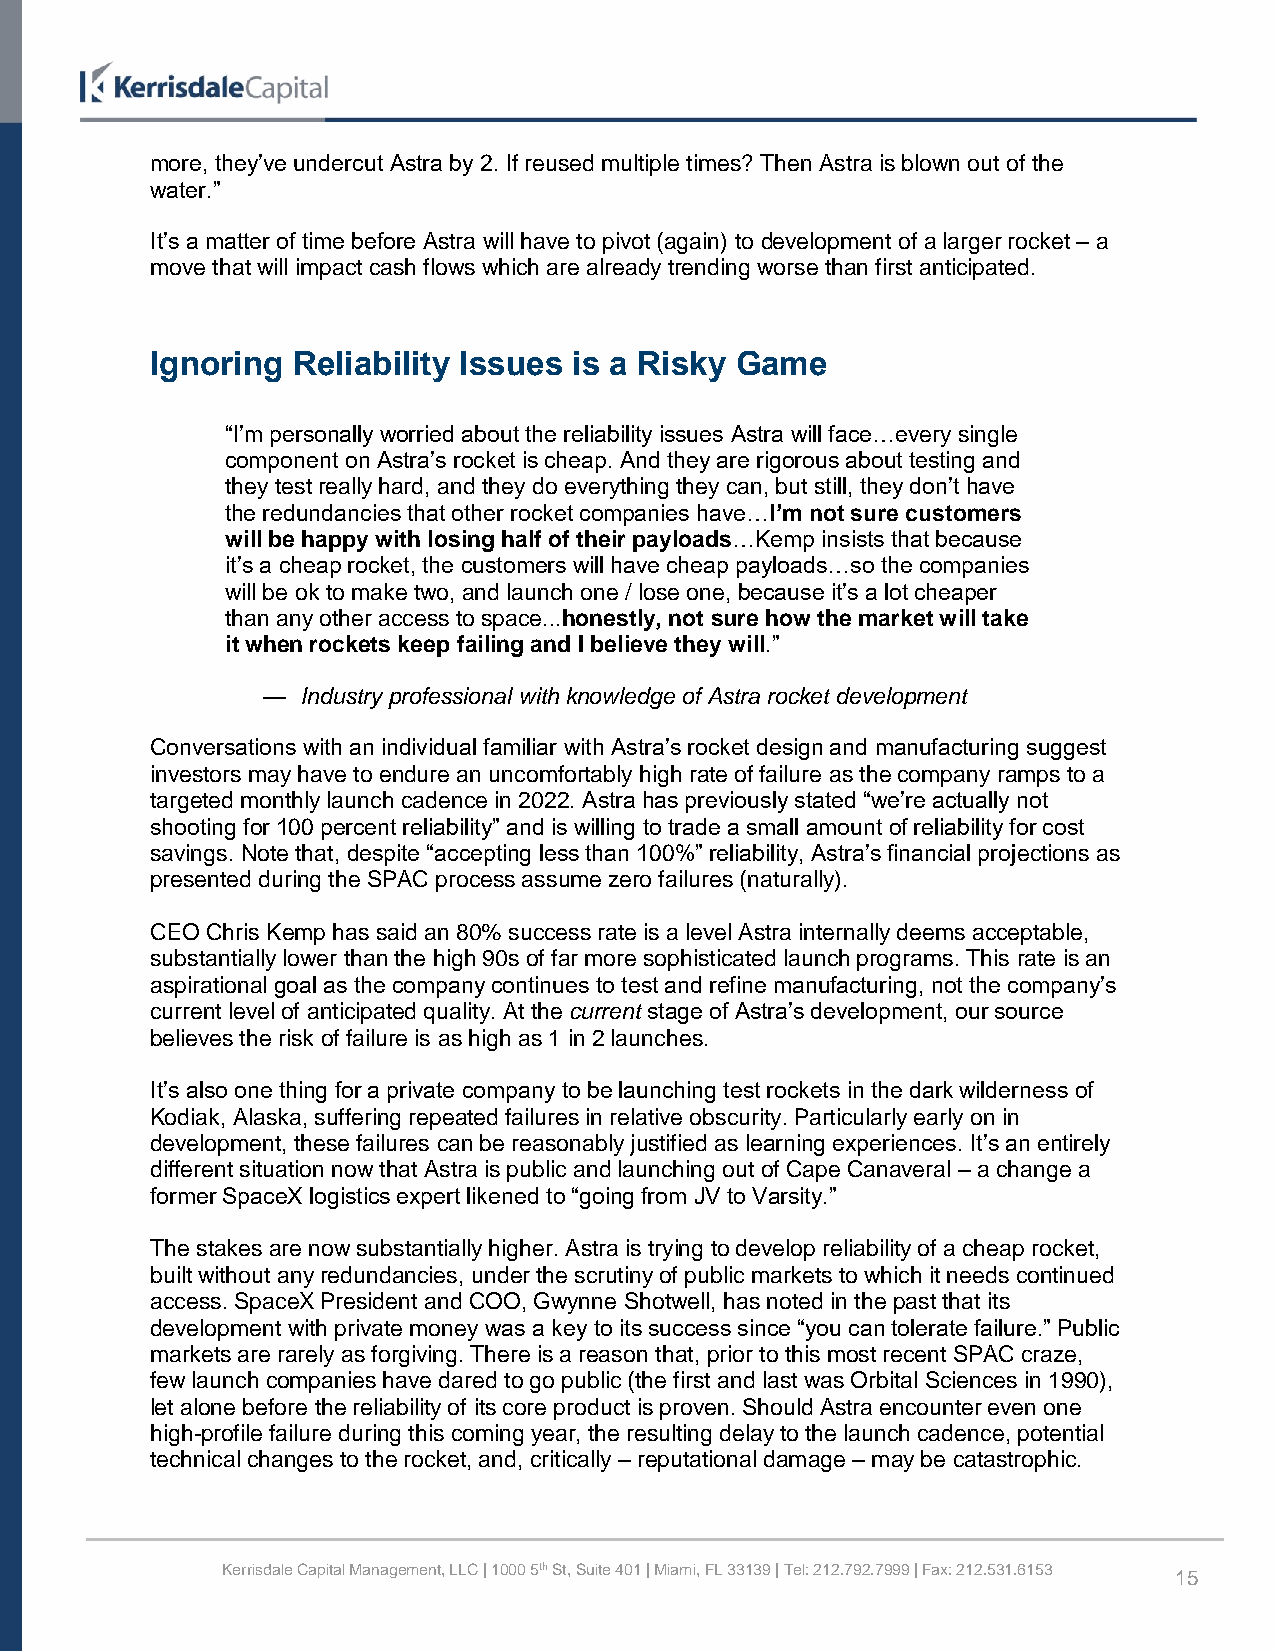
more, they’ve undercut Astra by 2. If reused multiple times? Then Astra is blown out of the
 water.”
 It’s a matter of time before Astra will have to pivot (again) to development of a larger rocket – a
 move that will impact cash flows which are already trending worse than first anticipated.
 Ignoring Reliability Issues is a Risky Game
 “I’m personally worried about the reliability issues Astra will face…every single
 component on Astra’s rocket is cheap. And they are rigorous about testing and
 they test really hard, and they do everything they can, but still, they don’t have
 the redundancies that other rocket companies have…I’m not sure customers
 will be happy with losing half of their payloads…Kemp insists that because
 it’s a cheap rocket, the customers will have cheap payloads…so the companies
 will be ok to make two, and launch one / lose one, because it’s a lot cheaper
 than any other access to space...honestly, not sure how the market will take
 it when rockets keep failing and I believe they will.”
 —  Industry professional with knowledge of Astra rocket development
 Conversations with an individual familiar with Astra’s rocket design and manufacturing suggest
 investors may have to endure an uncomfortably high rate of failure as the company ramps to a
 targeted monthly launch cadence in 2022. Astra has previously stated “we’re actually not
 shooting for 100 percent reliability” and is willing to trade a small amount of reliability for cost
 savings. Note that, despite “accepting less than 100%” reliability, Astra’s financial projections as
 presented during the SPAC process assume zero failures (naturally).
 CEO Chris Kemp has said an 80% success rate is a level Astra internally deems acceptable,
 substantially lower than the high 90s of far more sophisticated launch programs. This rate is an
 aspirational goal as the company continues to test and refine manufacturing, not the company’s
 current level of anticipated quality. At the current stage of Astra’s development, our source
 believes the risk of failure is as high as 1 in 2 launches.
 It’s also one thing for a private company to be launching test rockets in the dark wilderness of
 Kodiak, Alaska, suffering repeated failures in relative obscurity. Particularly early on in
 development, these failures can be reasonably justified as learning experiences. It’s an entirely
 different situation now that Astra is public and launching out of Cape Canaveral – a change a
 former SpaceX logistics expert likened to “going from JV to Varsity.”
 The stakes are now substantially higher. Astra is trying to develop reliability of a cheap rocket,
 built without any redundancies, under the scrutiny of public markets to which it needs continued
 access. SpaceX President and COO, Gwynne Shotwell, has noted in the past that its
 development with private money was a key to its success since “you can tolerate failure.” Public
 markets are rarely as forgiving. There is a reason that, prior to this most recent SPAC craze,
 few launch companies have dared to go public (the first and last was Orbital Sciences in 1990),
 let alone before the reliability of its core product is proven. Should Astra encounter even one
 high-profile failure during this coming year, the resulting delay to the launch cadence, potential
 technical changes to the rocket, and, critically – reputational damage – may be catastrophic.
 Kerrisdale Capital Management, LLC | 1000 5th St, Suite 401 | Miami, FL 33139 | Tel: 212.792.7999 | Fax: 212.531.6153 15